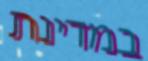
במדינת